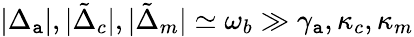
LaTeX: |\Delta_{\mathtt{a}}|,|\tilde{{\Delta}}_{c}|,|\tilde{{\Delta}}_{m}|\simeq\omega_{b}\gg\gamma_{\mathtt{a}},\kappa_{c},\kappa_{m}